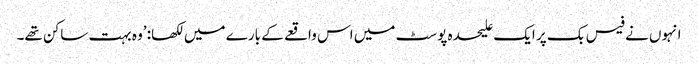
انہوں نے فیس بک پر ایک علیحدہ پوسٹ میں اس واقعے کے بارے میں لکھا: ’وہ بہت ساکن تھے۔